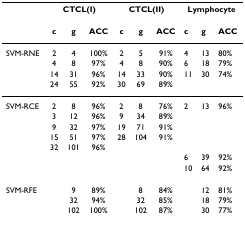
|  | <COLSPAN=3> CTCL(I) | <COLSPAN=3> CTCL(II) | <COLSPAN=3> Lymphocyte |
 | --- | --- | --- | --- | --- | --- | --- | --- | --- | --- |
 |  | c | g | ACC | c | g | ACC | c | g | ACC |
 | SVM-RNE | 2 | 4 | 100% | 2 | 5 | 91% | 4 | 13 | 80% |
 |  | 4 | 8 | 97% | 4 | 8 | 90% | 6 | 18 | 79% |
 |  | 14 | 31 | 96% | 14 | 33 | 90% | 11 | 30 | 74% |
 |  | 24 | 55 | 92% | 30 | 69 | 89% |  |  |  |
 | SVM-RCE | 2 | 8 | 96% | 2 | 8 | 76% | 2 | 13 | 96% |
 |  | 3 | 12 | 96% | 9 | 34 | 89% |  |  |  |
 |  | 9 | 32 | 97% | 19 | 71 | 91% |  |  |  |
 |  | 15 | 51 | 97% | 28 | 104 | 91% |  |  |  |
 |  | 32 | 101 | 96% |  |  |  |  |  |  |
 |  |  |  |  |  |  |  | 6 | 39 | 92% |
 |  |  |  |  |  |  |  | 10 | 64 | 92% |
 | SVM-RFE |  | 9 | 89% |  | 8 | 84% |  | 12 | 81% |
 |  |  | 32 | 94% |  | 32 | 85% |  | 18 | 79% |
 |  |  | 102 | 100% |  | 102 | 87% |  | 30 | 77% |